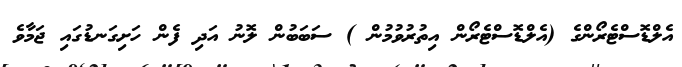
އެލްޑޮސްޓެރޯންގެ (އެލްޑޮސްޓެރޯން އިތުރުވުމުން ) ސަބަބުން ލޮނު އަދި ފެން ހަށިގަނޑުގައި ޖަމާވެ